system: You are a helpful assistant.
user:
Analyze the provided spectrum to determine if it is a **S-type Star**.

- **Key Indicators for S-type Star:**

    - **(Overall Spectrum Shape):** The first and most obvious characteristic is the overall continuum (the "baseline" shape). It is **extremely "red-sloping,"** meaning the flux (light intensity) is very low on the left side (blue, ~4000-4500 Å) and rises steeply and continuously toward the right side (red, ~7000 Å+).

    - **(Primary):** The spectrum is defined by the presence of strong, broad molecular absorption "valleys" (bands) from **Zirconium Oxide (ZrO)**. The identification of these bands is the **primary requirement** for classifying a star as S-type.
        - **(Key Bandheads):** You must find distinct, deep "dips" where the light has been absorbed. The most critical band systems to locate are:
            - **~6474 Å** ($\gamma$-system): This is often the strongest and clearest ZrO feature, found in the red part of the spectrum.
            - **~5718 Å** & **~5551 Å** ($\beta$-system): A pair of prominent absorption features in the yellow-orange part of the spectrum.
            - **~4640 Å** ($\alpha$-system): A key absorption band system in the blue-green region of the spectrum.

    - **(Secondary Confirmation):** The classification is strengthened by finding additional absorption bands from other related heavy element oxides, which are expected to be present alongside ZrO.
        - **(Key Bandheads):**
            - **Yttrium Oxide (YO):** Look for absorption dips near **~4800 Å** and **~6100 Å**.
            - **Lanthanum Oxide (LaO):** Additional absorption features, particularly in the red-orange part of the spectrum, are also characteristic.

    - **(Line Profile):** The combination of the steep red continuum and these numerous, deep molecular bands (ZrO, YO, etc.) gives the entire spectrum a very **"chopped-up"** or **"bumpy"** appearance. Instead of a smooth curve, the spectrum looks as though large, wide chunks of light have been "carved out" of it at the specific wavelengths listed above.

Think first, call **spectral_visualization_tool** if needed to examine features in detail, then provide your final answer. Your response must adhere to the following strict rules:
1.  **Overall Structure:** Your response must follow the format `<think>...</think> <tool_call>...</tool_call> (if a tool is used) <answer>...</answer>`.
2.  **Tool Usage Constraint:** You may only make **one** tool call per turn.
3.  **Final Answer Format:** In the `<answer>` tag, your conclusion must be inside a `\boxed{}` command (e.g., `\boxed{YES}` or `\boxed{NO}`), followed by your justification.

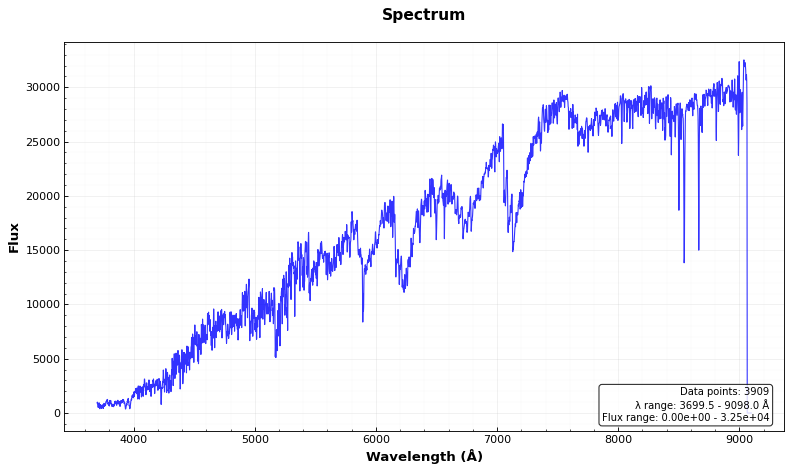
Answer: NO